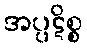
အပ္ပဋိစ္စ